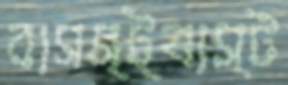
বাসস্ট্যাস্ট